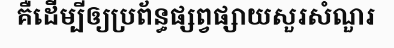
គឺដើម្បីឲ្យប្រព័ន្ធផ្សព្វផ្សាយសួរសំណួរ